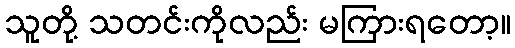
သူတို့ သတင်းကိုလည်း မကြားရတော့။